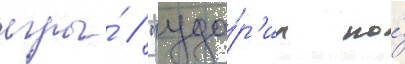
игры́ / "уда́р'ил по́